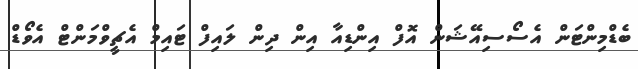
ބެޑްމިންޓަން އެސޯސިއޭޝަން އޮފް އިންޑިއާ އިން ދިން ލައިފް ޓައިމް އެޗީވްމަންޓް އެވޯޑް